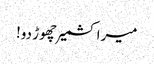
میرا کشمیر چھوڑ دو!